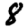
Digit: 8